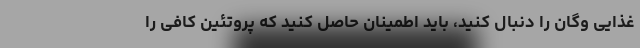
غذایی وگان را دنبال کنید، باید اطمینان حاصل کنید که پروتئین کافی را